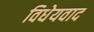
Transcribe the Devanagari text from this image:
विधेयवाद